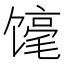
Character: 𲋬